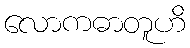
လောကဓာတူဟိ